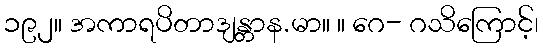
၁၉၂။ အကာရပိတာဒျန္တာန.မာ။ ။ ဂေ- ဂသိကြောင့်၊